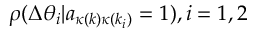
\rho ( \Delta \theta _ { i } | a _ { \kappa ( k ) \kappa ( k _ { i } ) } = 1 ) , i = 1 , 2